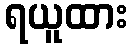
ရယူထား